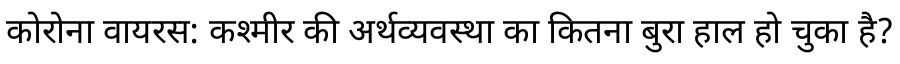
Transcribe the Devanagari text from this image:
कोरोना वायरस: कश्मीर की अर्थव्यवस्था का कितना बुरा हाल हो चुका है?